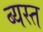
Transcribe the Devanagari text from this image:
ब्यस्त